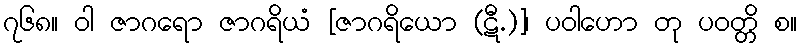
၇၆၈။ ဝါ ဇာဂရော ဇာဂရိယံ [ဇာဂရိယော (ဋီ.)]၊ ပဝါဟော တု ပဝတ္တိ စ။